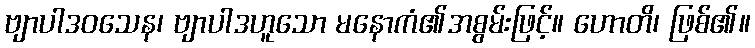
ဗျာပါဒဝသေန၊ ဗျာပါဒဟူသော မနောကံ၏အစွမ်းဖြင့်။ ဟောတိ၊ ဖြစ်၏။